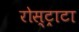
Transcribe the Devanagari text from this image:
रोस्ट्राटा